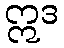
ဣဒ